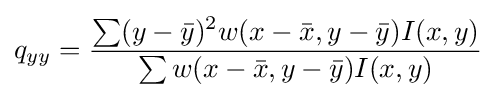
q_{yy}={\frac {\sum (y-{\bar {y}})^{2}w(x-{\bar {x}},y-{\bar {y}})I(x,y)}{\sum w(x-{\bar {x}},y-{\bar {y}})I(x,y)}}